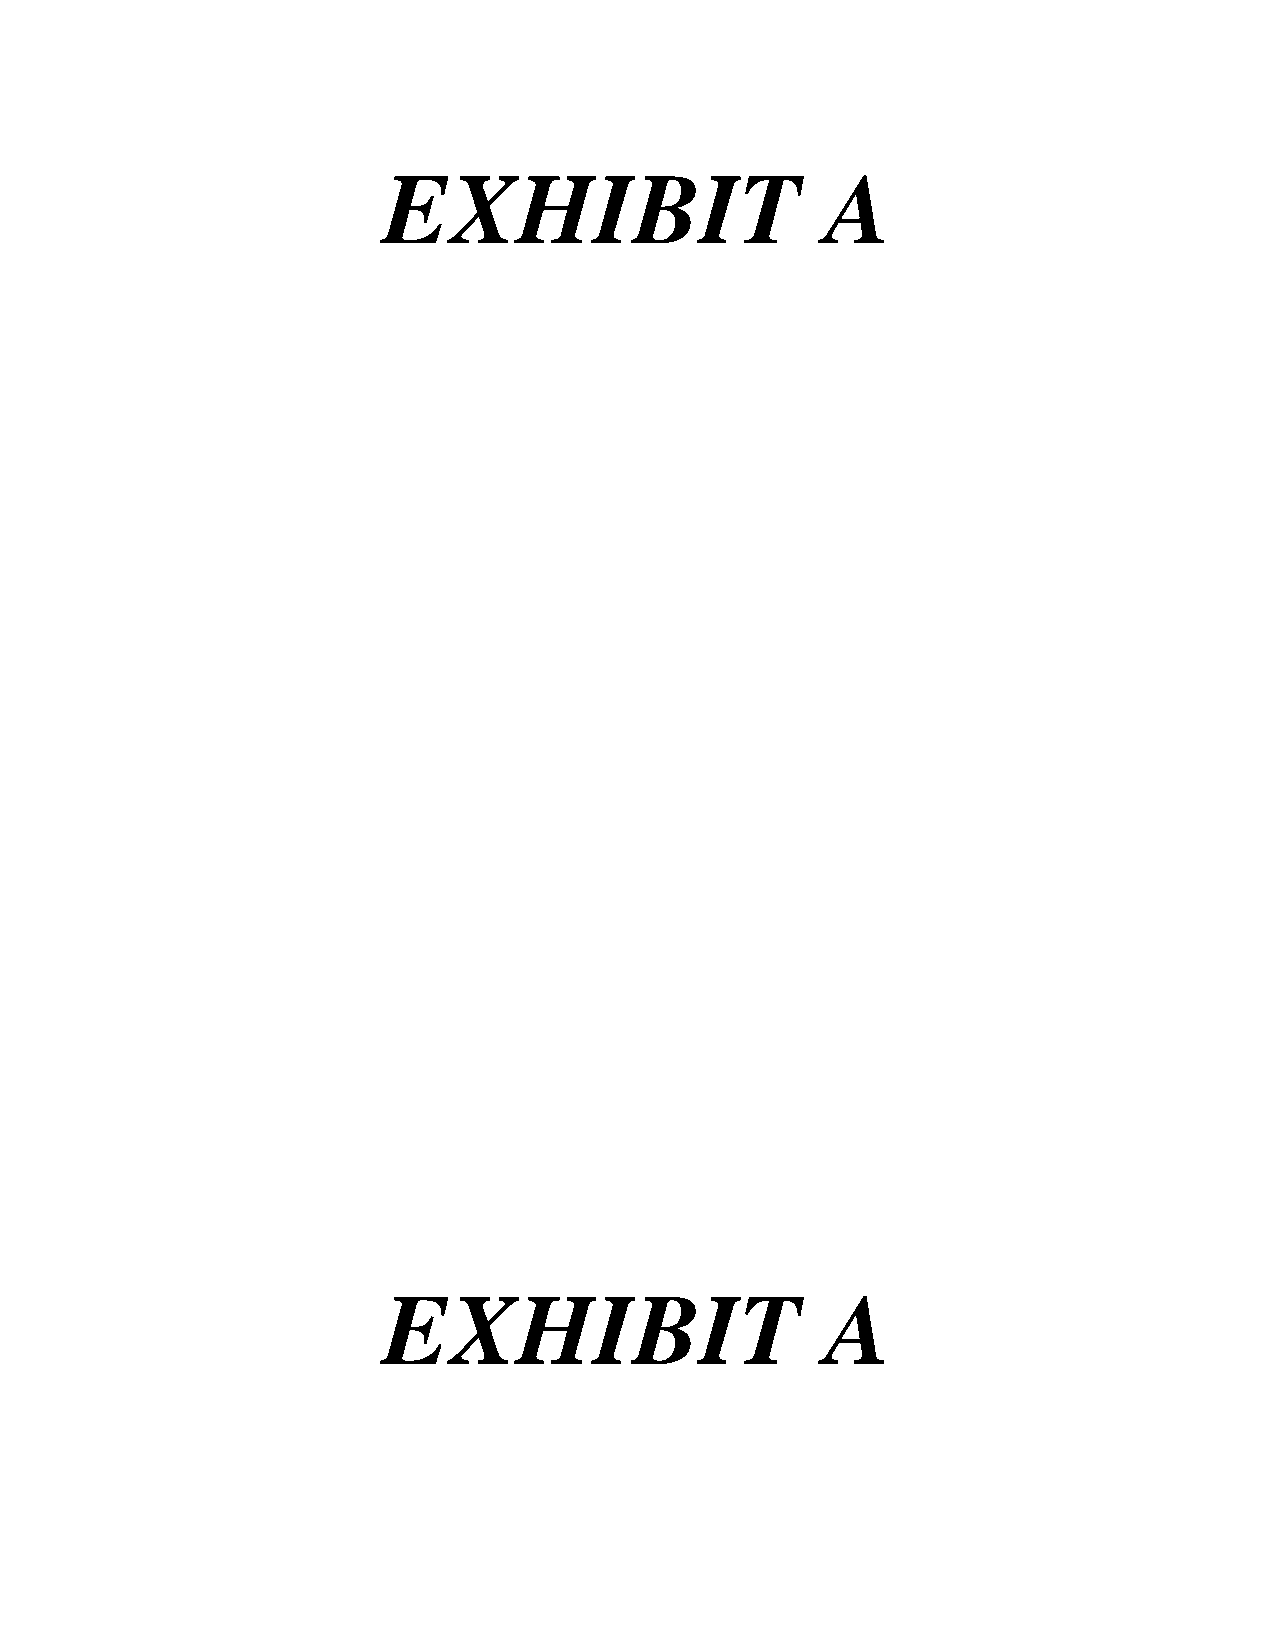
EXHIBIT                       A
 EXHIBIT                       A